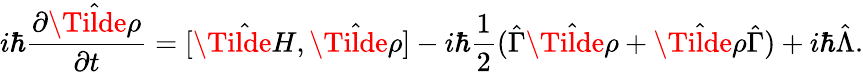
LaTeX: i\hbar\frac{\partial\hat{\Tilde{\rho}}}{\partial t}=[\hat{\Tilde{H}},\hat{\Tilde{\rho}}]-i\hbar\frac{1}{2}(\hat{\Gamma}\hat{\Tilde{\rho}}+\hat{\Tilde{\rho}}\hat{\Gamma})+i\hbar\hat{\Lambda}.